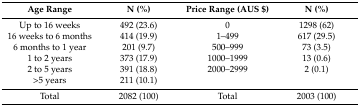
| Age Range | N (%) | Price Range (AUS $) | N (%) |
 | --- | --- | --- | --- |
 | Up to 16 weeks | 492 (23.6) | 0 | 1298 (62) |
 | 16 weeks to 6 months | 414 (19.9) | 1–499 | 617 (29.5) |
 | 6 months to 1 year | 201 (9.7) | 500–999 | 73 (3.5) |
 | 1 to 2 years | 373 (17.9) | 1000–1999 | 13 (0.6) |
 | 2 to 5 years | 391 (18.8) | 2000–2999 | 2 (0.1) |
 | >5 years | 211 (10.1) |  |  |
 | Total | 2082 (100) | Total | 2003 (100) |